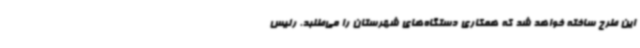
این طرح ساخته خواهد شد که همکاری دستگاه‌های شهرستان را می‌طلبد. رئیس